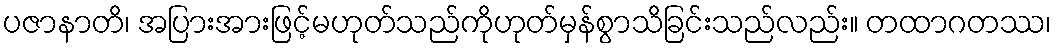
ပဇာနာတိ၊ အပြားအားဖြင့်မဟုတ်သည်ကိုဟုတ်မှန်စွာသိခြင်းသည်လည်း။ တထာဂတဿ၊